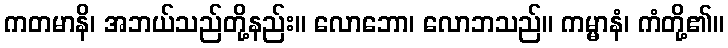
ကတမာနိ၊ အဘယ်သည်တို့နည်း။ လောဘော၊ လောဘသည်။ ကမ္မာနံ၊ ကံတို့၏။